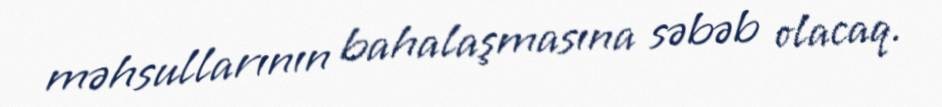
məhsullarının bahalaşmasına səbəb olacaq.